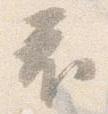
衣